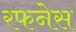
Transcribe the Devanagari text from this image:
रफनेस